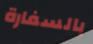
بالسفارة